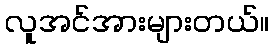
လူအင်အားများတယ်။